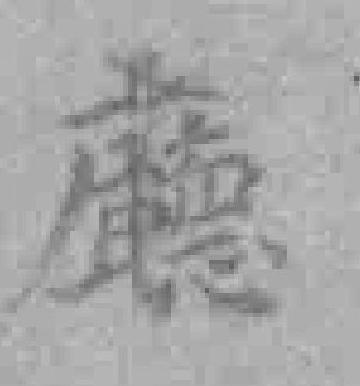
廳